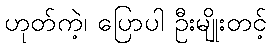
ဟုတ်ကဲ့၊ ပြောပါ ဦးမျိုးတင့်